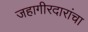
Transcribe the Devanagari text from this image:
जहागीरदारांचा